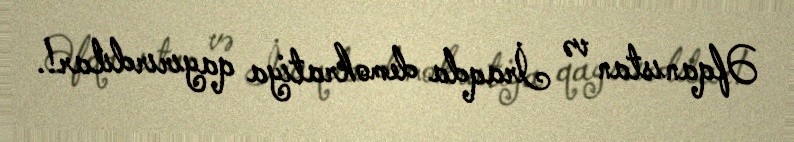
Əfqanıstan və İraqda demokratiya qayırırdılar!.